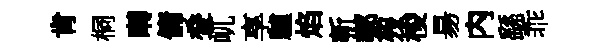
肯桐囀傭叠屼享驢焰斬鄭歿梭昜内繇乖